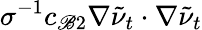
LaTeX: \sigma^{-1}c_{\mathscr{B}2}\nabla\tilde{{\nu}}_{t}\cdot\nabla\tilde{{\nu}}_{t}